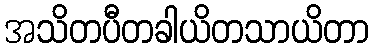
အသိတပီတခါယိတသာယိတာ